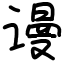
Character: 谩